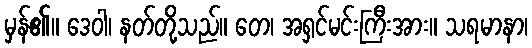
မှန်၏။ ဒေဝါ၊ နတ်တို့သည်။ တေ၊ အရှင်မင်းကြီးအား။ သရမာနာ၊